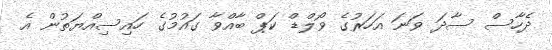
ދެހާސް ސާދަ ވަނަ އަހަރުގެ ވޯލްޑް ކަޕް ބާއްވާ ގައުމުގެ ހައިސިއްޔަތުން އެ